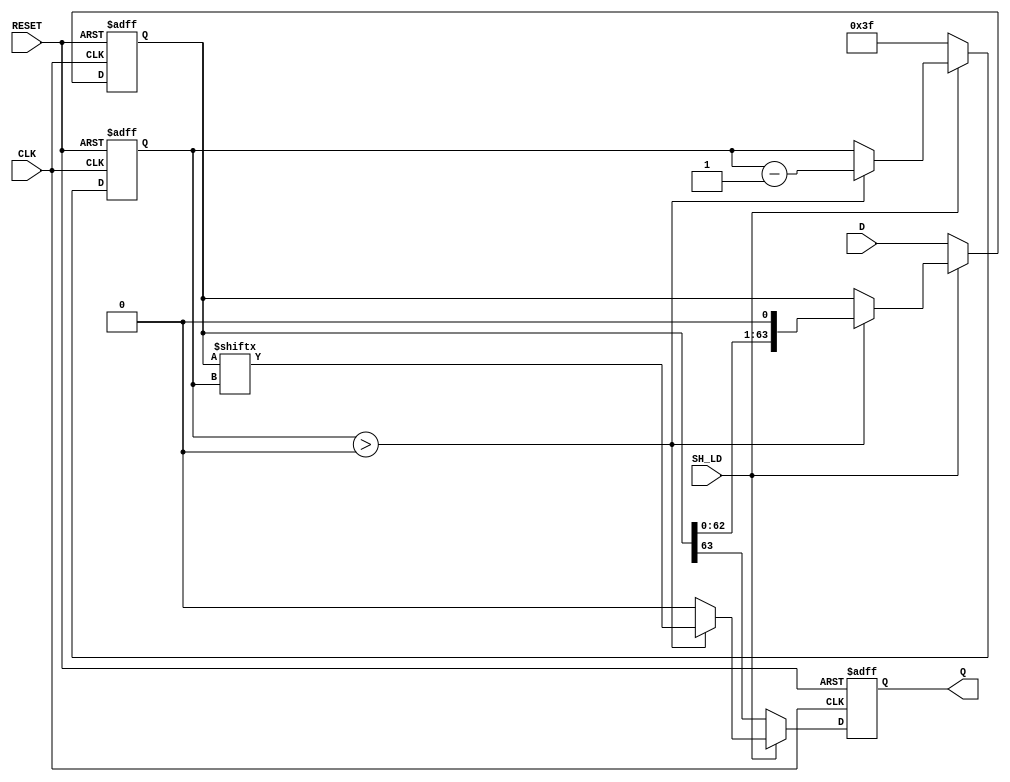
module PISO_Register (
    input wire [63:0] D,        // 64-bit data input
    input wire SH_LD,           // Shift/Load control signal
    input wire CLK,             // Clock signal
    input wire RESET,           // Asynchronous reset signal
    output reg Q                // Serial output
);

    reg [63:0] shift_reg;       // Internal shift register
    reg [5:0] bit_count;        // Bit counter for shifting

    always @(posedge CLK or posedge RESET) begin
        if (RESET) begin
            shift_reg <= 64'b0;  // Clear the shift register on reset
            Q <= 1'b0;           // Clear the serial output
            bit_count <= 6'b0;   // Reset bit counter
        end else if (SH_LD == 1'b0) begin
            // Load operation
            shift_reg <= D;      // Load data into the shift register
            Q <= shift_reg[63];  // Set Q to the MSB of the shift register
            bit_count <= 6'd63;  // Initialize bit counter to 63 for shifting
        end else if (SH_LD == 1'b1) begin
            // Shift operation
            if (bit_count > 0) begin
                Q <= shift_reg[bit_count]; // Output the current bit
                shift_reg <= shift_reg << 1; // Shift left
                bit_count <= bit_count - 1; // Decrement bit counter
            end else begin
                Q <= 1'b0; // After all bits are shifted out, set Q to 0
            end
        end
    end

endmodule